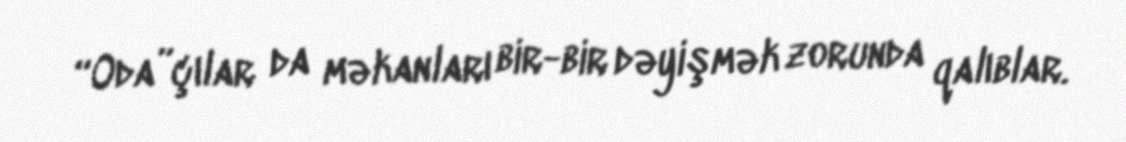
“Oda”çılar da məkanları bir-bir dəyişmək zorunda qalıblar.